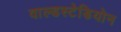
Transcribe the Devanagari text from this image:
वाल्डस्टेडियोन